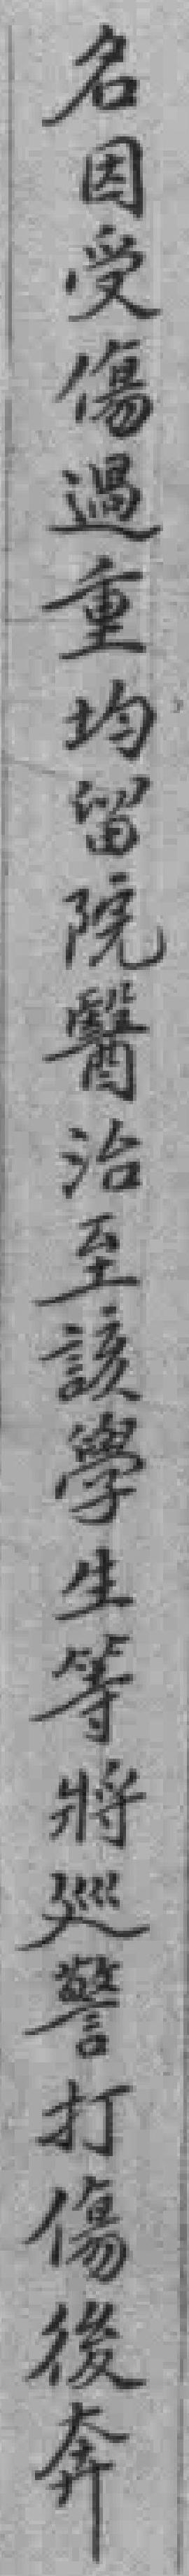
名因受傷過重均留院醫治至該學生等將巡警打傷後奔